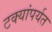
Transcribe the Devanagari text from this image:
टक्यांपर्यत